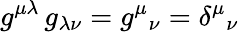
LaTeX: g^{\mu\lambda}\, g_{\lambda\nu}=g^{\mu}{}_{\nu}=\delta^{\mu}{}_{\nu}